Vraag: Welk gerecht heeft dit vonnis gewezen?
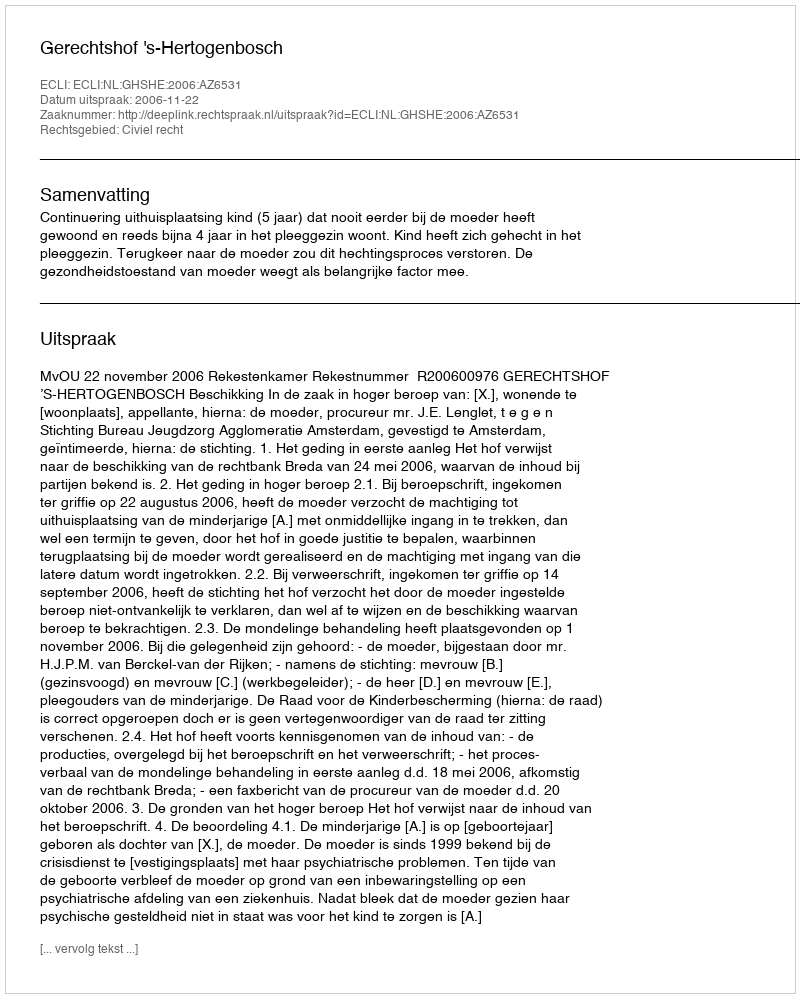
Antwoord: Gerechtshof 's-Hertogenbosch